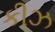
કીઝ